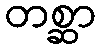
တစ္ဆာ